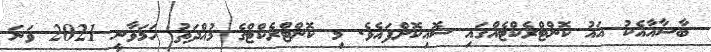
ބާސާއާއެކު އައު ކޮންޓްރެކްޓެއްގައި ސޮއިކޮށްފައެވެ. މި ކޮންޓްރެކްޓްގެ މުއްދަތު ހަމަވާނީ 2021 ވަނަ